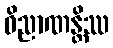
ဝိညာဏန္တိဿ